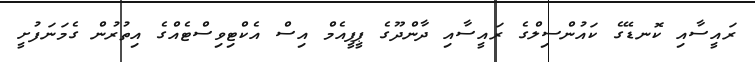
ރައީސާއި ކޮނޑޭގެ ކައުންސިލްގެ ރައީސާއި ދާންދޫގެ ޕީޕީއެމް އިސް އެކްޓިވިސްޓެއްގެ އިތުރުން ގެމަނަފުށީ